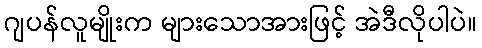
ဂျပန်လူမျိုးက များသောအားဖြင့် အဲဒီလိုပါပဲ။